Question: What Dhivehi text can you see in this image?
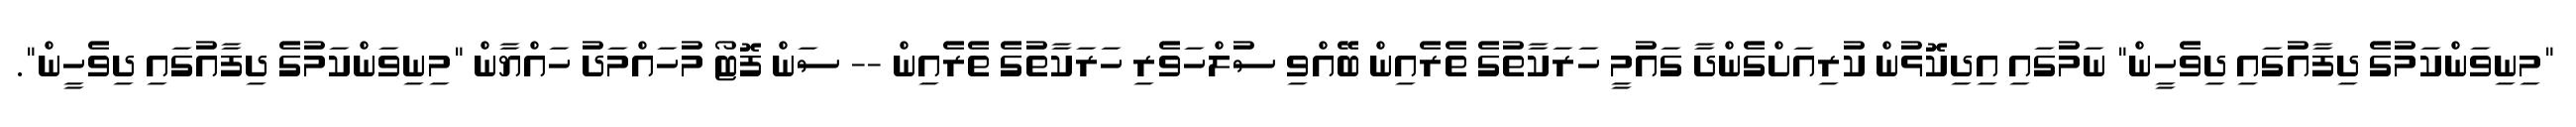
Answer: "މިނިވަންކަމުގެ ދިފާއުގައި ދިވެހީން" ނަމުގައި އިދިކޮޅުން ކުރިއަށްގެންދާ ގައުމީ ހަރަކާތުގެ ތެރެއިން ބޭއްވި ސުލްހަވެރި ހަރަކާތުގެ ތެރެއިން -- ސަން ފޮޓޯ މުހައްމަދު ހައްޔާން "މިނިވަންކަމުގެ ދިފާއުގައި ދިވެހީން".